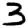
Digit: 3